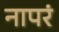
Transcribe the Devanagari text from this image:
नापरं